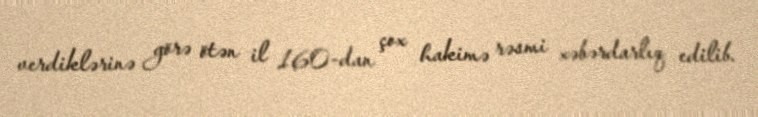
verdiklərinə görə ötən il 160-dan çox hakimə rəsmi xəbərdarlıq edilib.